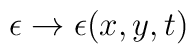
\epsilon \to \epsilon(x,y,t)